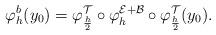
LaTeX: \begin{align*} \varphi_h^b (y_0) = \varphi_{\frac{h}{2}}^{\mathcal{T}} \circ \varphi_h^{ \mathcal{E} + \mathcal{B}} \circ \varphi_{\frac{h}{2}}^{ \mathcal{T} } (y_0).\end{align*}